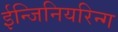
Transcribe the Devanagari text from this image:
ईन्जिनियरिन्ग